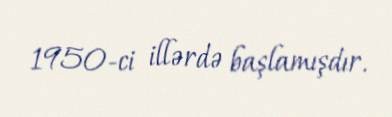
1950-ci illərdə başlamışdır.